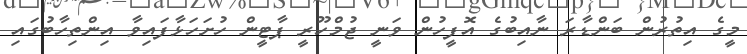
މީގެ އިތުރުން ބަންޑާރަ ނާއިބުގެ އޮފީހުން ވަނީ ޖުމްހޫރީ ޕާޓީން ހުށަހަޅާފައިވާ އިންތިހާބުގައި